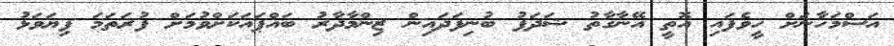
އަސްމަހާނަށް ހީވެފައި އޮތީ އޭނާގާތު ޝަދަފު ބުނިފަދައިން ޒިންމާދާރު ބައްޕައަކަށްވުމަށް ފުރަތަމަ ފިޔަވަޅު